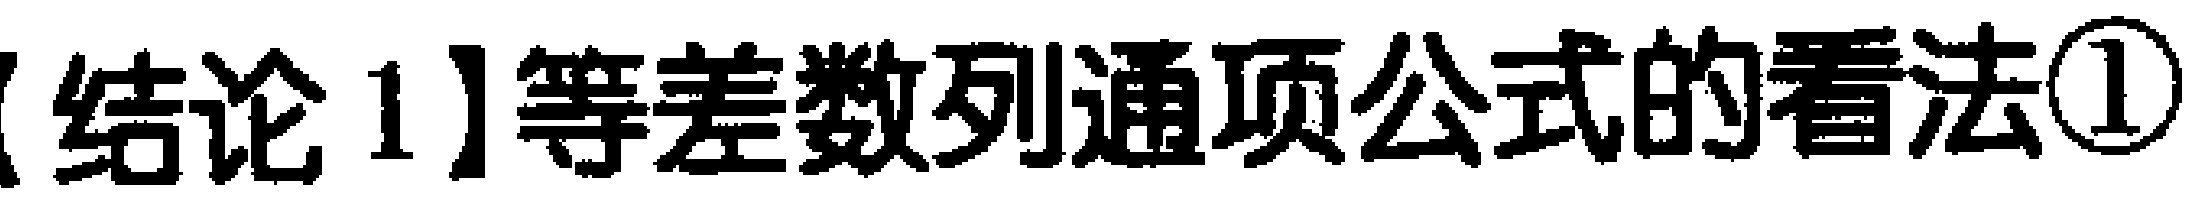
【结论1】等差数列通项公式的看法\textcircled{1}